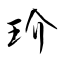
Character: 玠